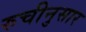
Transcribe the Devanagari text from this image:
रुचीनुसार